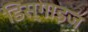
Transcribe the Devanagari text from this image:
डिस्गाइज